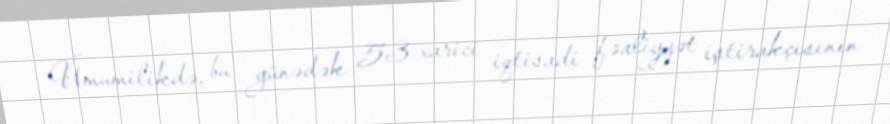
– Ümumilikdə, bu günədək 53 xarici iqtisadi fəaliyyət iştirakçısının